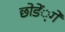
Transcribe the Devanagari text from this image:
छोडें़गे